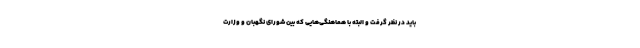
باید در نظر گرفت و البته با هماهنگی‌هایی که بین شورای نگهبان و وزارت